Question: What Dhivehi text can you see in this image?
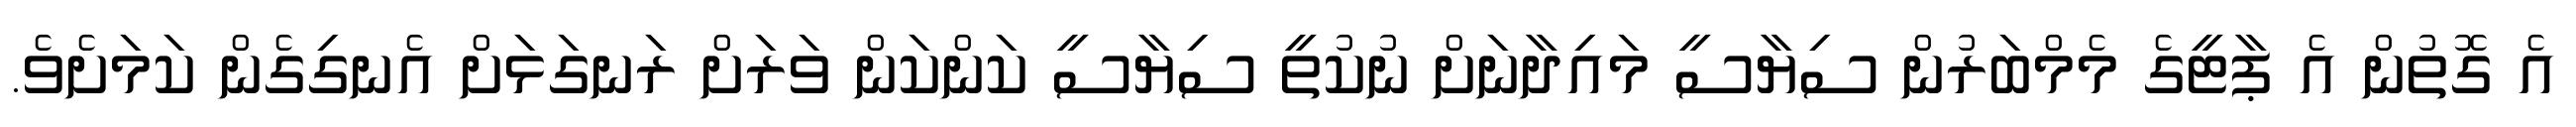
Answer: އެ ގޮތުން އެ ޕާޓީގެ މެމްބަރުން ސިޔާސީ މައިދާނަށް ނުކުތީ ސިޔާސީ ކަންކަން ވަރަށް ރަނގަޅަށް އެނގިގެން ކަމަށެވެ.